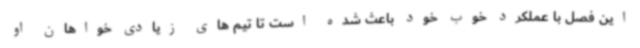
این فصل با عملکرد خوب خود باعث شده است تا تیم های زیادی خواهان او